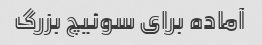
آماده برای سوئیچ بزرگ